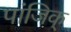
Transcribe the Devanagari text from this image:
पांजिक्